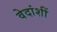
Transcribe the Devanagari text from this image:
वेदांशीं